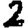
Digit: 2